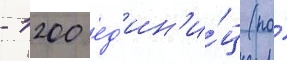
- 1200 ед'ин'и́ц (по́